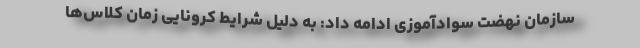
سازمان نهضت سوادآموزی ادامه داد: به دلیل شرایط کرونایی زمان کلاس‌ها